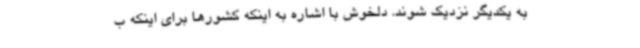
به یکدیگر نزدیک شوند. دلخوش با اشاره به اینکه کشورها برای اینکه ب